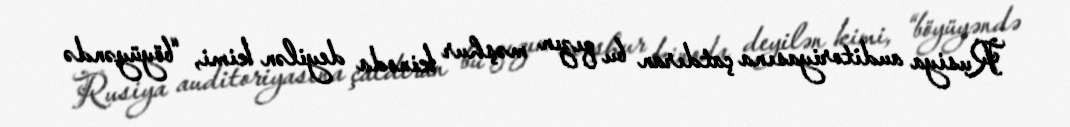
Rusiya auditoriyasına çatdıran bu qızın məşhur kinoda deyilən kimi, “böyüyəndə